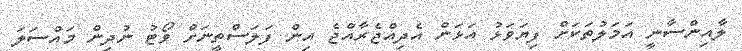
ލާއިންސާނީ އަމަލުތަކަށް ފިޔަވަޅު އަޅަން އެދިއްޖެރާއްޖެ އިން ފަލަސްތީނަށް ވޯޓު ނުދިން މައްސަލަ